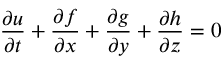
\frac { \partial u } { \partial t } + \frac { \partial f } { \partial x } + \frac { \partial g } { \partial y } + \frac { \partial h } { \partial z } = 0